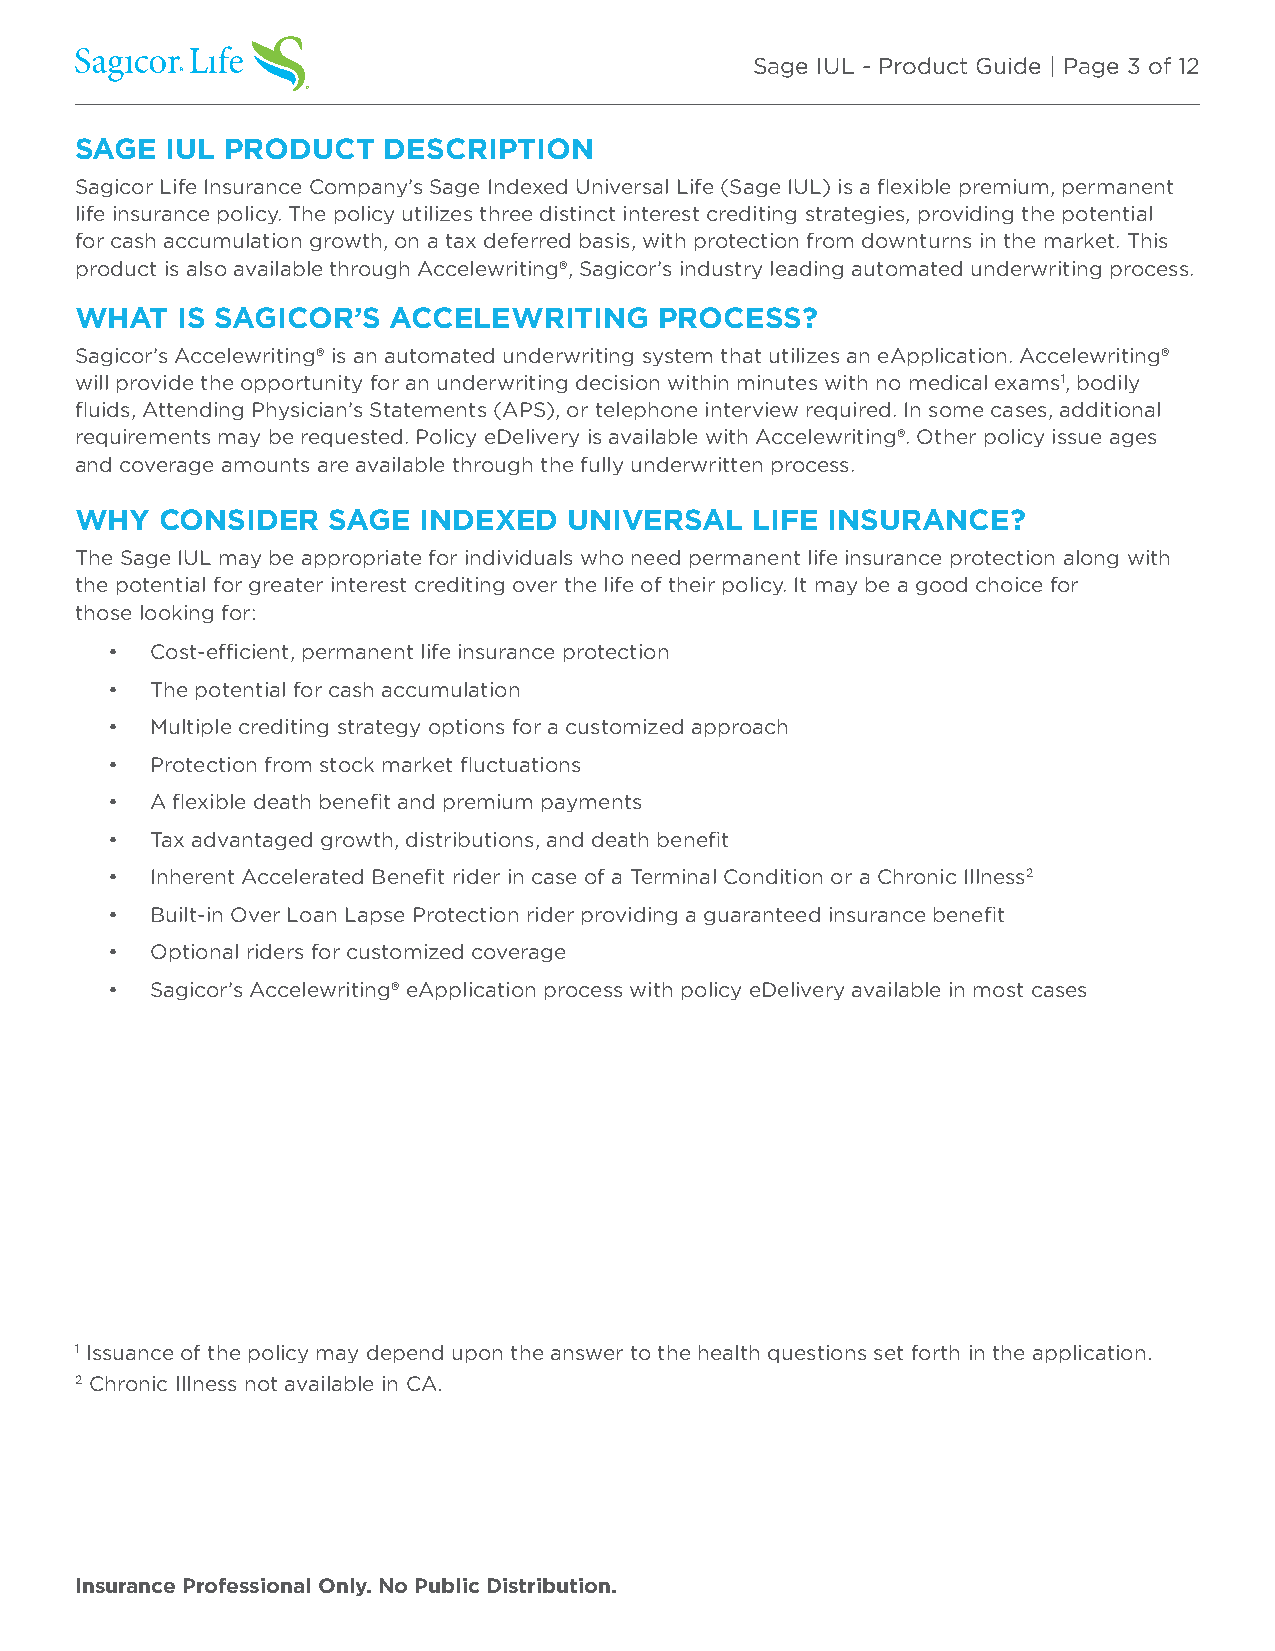
Sage IUL - Product Guide | Page 3 of 12
 SAGE  IUL PRODUCT   DESCRIPTION
 Sagicor Life Insurance Company’s Sage Indexed Universal Life (Sage IUL) is a flexible premium, permanent
 life insurance policy. The policy utilizes three distinct interest crediting strategies, providing the potential
 for cash accumulation growth, on a tax deferred basis, with protection from downturns in the market. This
 product is also available through Accelewriting®, Sagicor’s industry leading automated underwriting process.
 WHAT   IS SAGICOR’S  ACCELEWRITING     PROCESS?
 Sagicor’s Accelewriting® is an automated underwriting system that utilizes an eApplication. Accelewriting®
 will provide the opportunity for an underwriting decision within minutes with no medical exams1, bodily
 fluids, Attending Physician’s Statements (APS), or telephone interview required. In some cases, additional
 requirements may be requested. Policy eDelivery is available with Accelewriting®. Other policy issue ages
 and coverage amounts are available through the fully underwritten process.
 WHY   CONSIDER   SAGE  INDEXED   UNIVERSAL   LIFE INSURANCE?
 The Sage IUL may be appropriate for individuals who need permanent life insurance protection along with
 the potential for greater interest crediting over the life of their policy. It may be a good choice for
 those looking for:
 •  Cost-efficient, permanent life insurance protection
 •  The potential for cash accumulation
 •  Multiple crediting strategy options for a customized approach
 •  Protection from stock market fluctuations
 •  A flexible death benefit and premium payments
 •  Tax advantaged growth, distributions, and death benefit
 •  Inherent Accelerated Benefit rider in case of a Terminal Condition or a Chronic Illness2
 •  Built-in Over Loan Lapse Protection rider providing a guaranteed insurance benefit
 •  Optional riders for customized coverage
 •  Sagicor’s Accelewriting® eApplication process with policy eDelivery available in most cases
 1 Issuance of the policy may depend upon the answer to the health questions set forth in the application.
 2 Chronic Illness not available in CA.
 Insurance Professional Only. No Public Distribution.